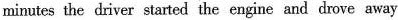
minutes the driver started the engine and drove away